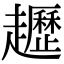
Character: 䟐